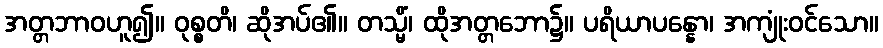
အတ္တဘာဝဟူ၍။ ဝုစ္စတိ၊ ဆိုအပ်၏။ တသ္မိံ၊ ထိုအတ္တဘော၌။ ပရိယာပန္နော၊ အကျုံးဝင်သော။